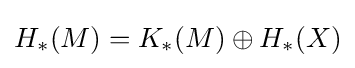
H_{*}(M)=K_{*}(M)\oplus H_{*}(X)